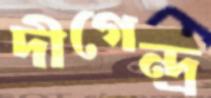
দীগেন্দ্র